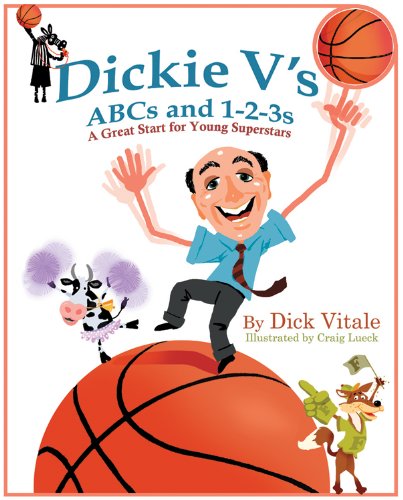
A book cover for Dickie V's ABCs and 1-2-3s: A Great Start for Young Superstars; Dick Vitale; Children's Books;